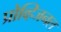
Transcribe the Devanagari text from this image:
प्रोव्हिजनल